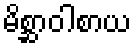
မိစ္ဆာဝါစာယ